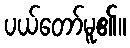
ပယ်တော်မူ၏။